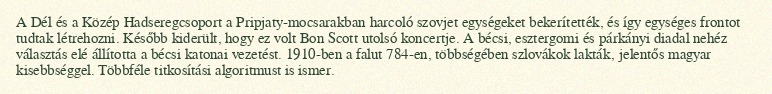
A Dél és a Közép Hadseregcsoport a Pripjaty-mocsarakban harcoló szovjet egységeket bekerítették, és így egységes frontot tudtak létrehozni. Később kiderült, hogy ez volt Bon Scott utolsó koncertje. A bécsi, esztergomi és párkányi diadal nehéz választás elé állította a bécsi katonai vezetést. 1910-ben a falut 784-en, többségében szlovákok lakták, jelentős magyar kisebbséggel. Többféle titkosítási algoritmust is ismer.